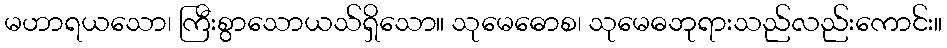
မဟာရယသော၊ ကြီးစွာသောယသ်ရှိသော။ သုမေဓောစ၊ သုမေဓဘုရားသည်လည်းကောင်း။